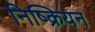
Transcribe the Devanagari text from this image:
निष्क्रियन